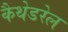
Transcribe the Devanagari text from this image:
कैथेडरेल